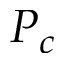
P _ { c }